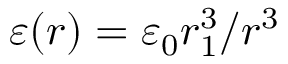
\varepsilon ( r ) = \varepsilon _ { 0 } r _ { 1 } ^ { 3 } / r ^ { 3 }